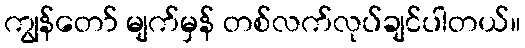
ကျွန်တော် မျက်မှန် တစ်လက်လုပ်ချင်ပါတယ်။